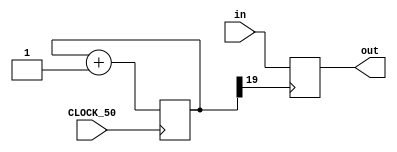
module debouncer (
 input CLOCK_50,
 input in,
 output reg out
 );

 reg [19:0] count;

 always @(posedge CLOCK_50)
 count <= count + 1'b1;

 always @(posedge count[19])
 out <= in;


endmodule